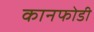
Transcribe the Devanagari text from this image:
कानफोडी